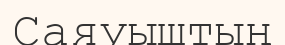
Саяуыштың